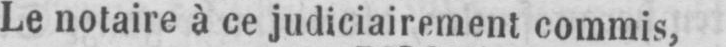
Le notaire à ce judiciairement commis,